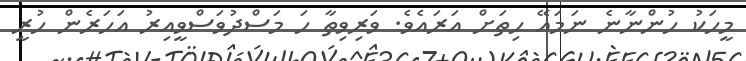
މީހަކު ހުންނާނެ ނަމައޭ ހިތަށް އަރައެވެ. ވަރިވިތާ ހަ މަސްދުވަސްވީއިރު އަހަރެން ހުރީ